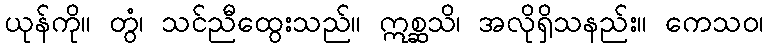
ယုန်ကို။ တွံ၊ သင်ညီထွေးသည်။ ဣစ္ဆသိ၊ အလိုရှိသနည်း။ ကေသဝ၊